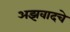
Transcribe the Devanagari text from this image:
अझवादचे